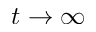
t \to \infty